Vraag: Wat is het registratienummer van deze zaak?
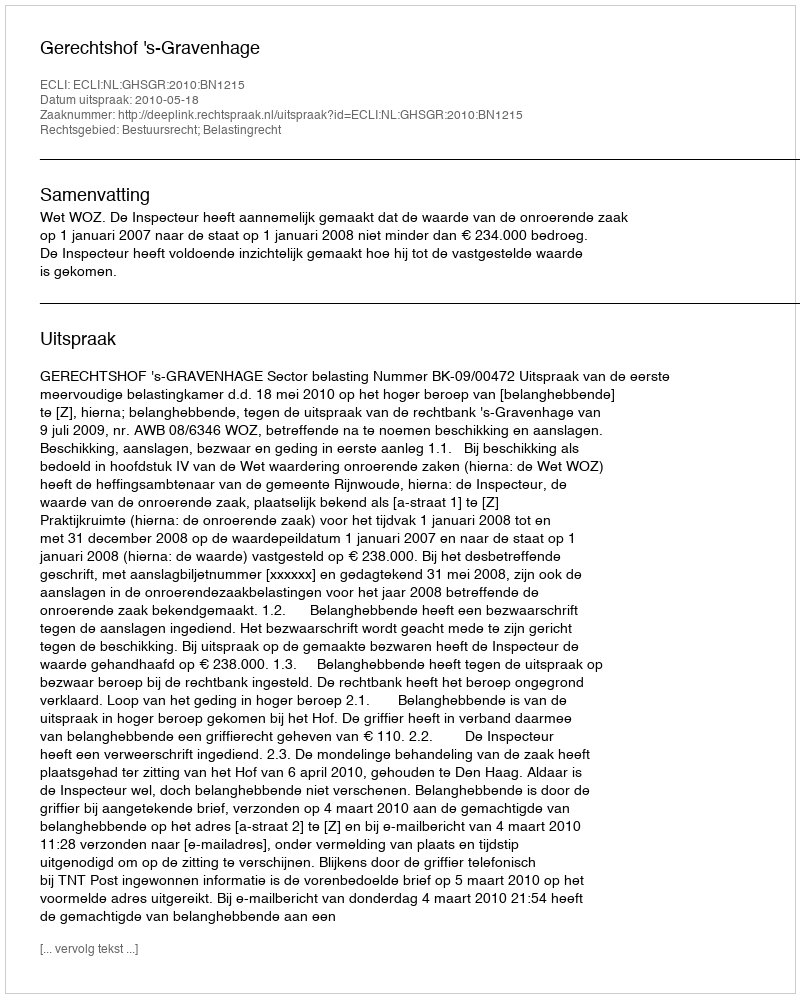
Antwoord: http://deeplink.rechtspraak.nl/uitspraak?id=ECLI:NL:GHSGR:2010:BN1215